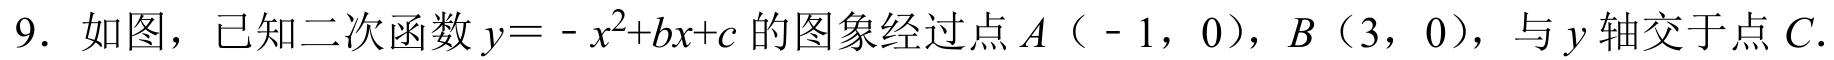
9. 如图，已知二次函数$y=-x^{2}+bx + c$的图象经过点$A（-1，0）$，$B（3，0）$，与$y$轴交于点$C$.